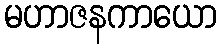
မဟာဇနကာယော